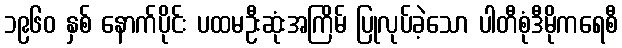
၁၉၆၀ နှစ် နောက်ပိုင်း ပထမဦးဆုံးအကြိမ် ပြုလုပ်ခဲ့သော ပါတီစုံဒီမိုကရေစီ